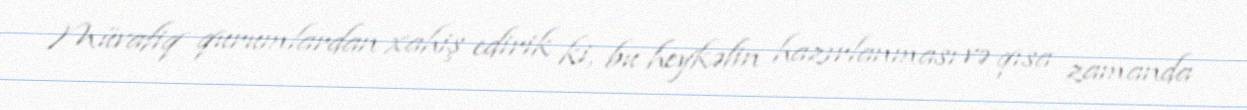
Müvafiq qurumlardan xahiş edirik ki, bu heykəlin hazırlanması və qısa zamanda